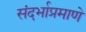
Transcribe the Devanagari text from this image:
संदर्भाप्रमाणे